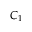
C _ { 1 }